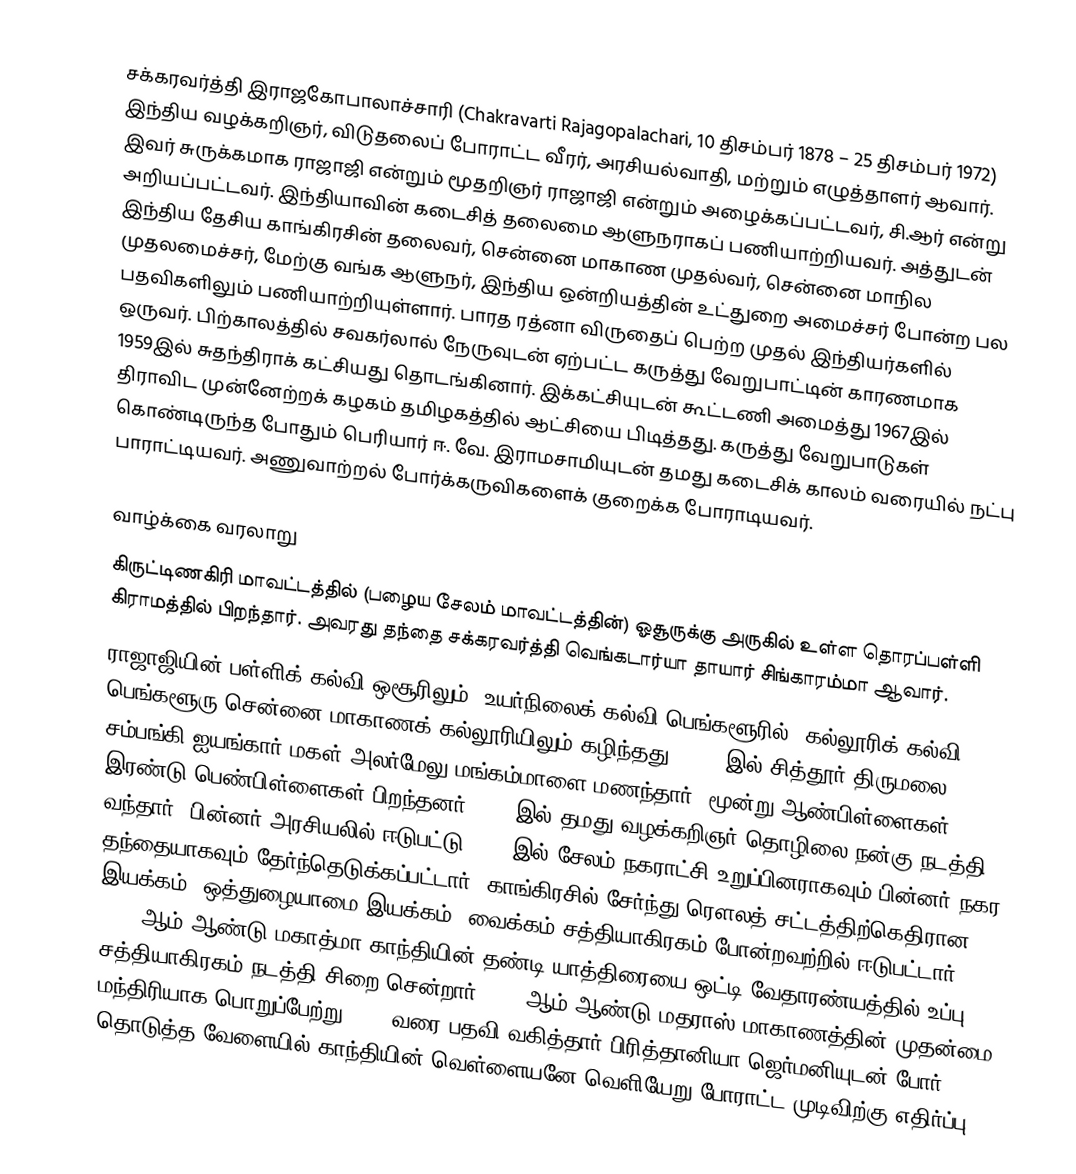
சக்கரவர்த்தி இராஜகோபாலாச்சாரி (Chakravarti Rajagopalachari, 10 திசம்பர் 1878 – 25 திசம்பர் 1972) இந்திய வழக்கறிஞர், விடுதலைப் போராட்ட வீரர், அரசியல்வாதி, மற்றும் எழுத்தாளர் ஆவார். இவர் சுருக்கமாக ராஜாஜி என்றும் மூதறிஞர் ராஜாஜி என்றும் அழைக்கப்பட்டவர், சி.ஆர் என்று அறியப்பட்டவர். இந்தியாவின் கடைசித் தலைமை ஆளுநராகப் பணியாற்றியவர். அத்துடன் இந்திய தேசிய காங்கிரசின் தலைவர், சென்னை மாகாண முதல்வர், சென்னை மாநில முதலமைச்சர், மேற்கு வங்க ஆளுநர், இந்திய ஒன்றியத்தின் உட்துறை அமைச்சர் போன்ற பல பதவிகளிலும் பணியாற்றியுள்ளார். பாரத ரத்னா விருதைப் பெற்ற முதல் இந்தியர்களில் ஒருவர். பிற்காலத்தில் சவகர்லால் நேருவுடன் ஏற்பட்ட கருத்து வேறுபாட்டின் காரணமாக 1959இல் சுதந்திராக் கட்சியது தொடங்கினார். இக்கட்சியுடன் கூட்டணி அமைத்து 1967இல் திராவிட முன்னேற்றக் கழகம் தமிழகத்தில் ஆட்சியை பிடித்தது. கருத்து வேறுபாடுகள் கொண்டிருந்த போதும் பெரியார் ஈ. வே. இராமசாமியுடன் தமது கடைசிக் காலம் வரையில் நட்பு பாராட்டியவர். அணுவாற்றல் போர்க்கருவிகளைக் குறைக்க போராடியவர்.

வாழ்க்கை வரலாறு
கிருட்டிணகிரி மாவட்டத்தில் (பழைய சேலம் மாவட்டத்தின்) ஓசூருக்கு அருகில் உள்ள தொரப்பள்ளி கிராமத்தில் பிறந்தார். அவரது தந்தை சக்கரவர்த்தி வெங்கடார்யா தாயார் சிங்காரம்மா ஆவார்.
ராஜாஜியின் பள்ளிக் கல்வி ஒசூரிலும், உயர்நிலைக் கல்வி பெங்களூரில். கல்லூரிக் கல்வி பெங்களூரு சென்னை மாகாணக் கல்லூரியிலும் கழிந்தது. 1898 இல் சித்தூர் திருமலை சம்பங்கி ஐயங்கார் மகள் அலர்மேலு மங்கம்மாளை மணந்தார். மூன்று ஆண்பிள்ளைகள், இரண்டு பெண்பிள்ளைகள் பிறந்தனர். 1900இல் தமது வழக்கறிஞர் தொழிலை நன்கு நடத்தி வந்தார். பின்னர் அரசியலில் ஈடுபட்டு 1917 இல் சேலம் நகராட்சி உறுப்பினராகவும் பின்னர் நகர தந்தையாகவும் தேர்ந்தெடுக்கப்பட்டார். காங்கிரசில் சேர்ந்து ரௌலத் சட்டத்திற்கெதிரான இயக்கம், ஒத்துழையாமை இயக்கம், வைக்கம் சத்தியாகிரகம் போன்றவற்றில் ஈடுபட்டார். 1930 ஆம் ஆண்டு மகாத்மா காந்தியின் தண்டி யாத்திரையை ஒட்டி வேதாரண்யத்தில் உப்பு சத்தியாகிரகம் நடத்தி சிறை சென்றார். 1937ஆம் ஆண்டு மதராஸ் மாகாணத்தின் முதன்மை மந்திரியாக பொறுப்பேற்று 1940 வரை பதவி வகித்தார்.பிரித்தானியா ஜெர்மனியுடன் போர் தொடுத்த வேளையில் காந்தியின் வெள்ளையனே வெளியேறு போராட்ட முடிவிற்கு எதிர்ப்பு